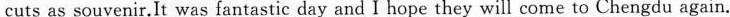
cuts as souvenir.It was fantastic day and I hope they will come to Chengdu again.